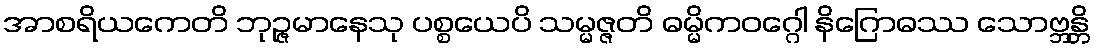
အာစရိယကေတိ ဘုဉ္ဇမာနေသု ပစ္စယေပိ သမ္မဇ္ဇတိ ဓမ္မိကဝဂ္ဂေါ နိဂြောဓဿ သောဗ္ဘန္တိ